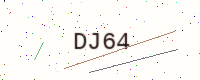
Text: DJ64